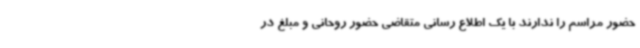
حضور مراسم را ندارند با یک اطلاع رسانی متقاضی حضور روحانی و مبلغ در